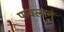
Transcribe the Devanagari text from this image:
पावलानं